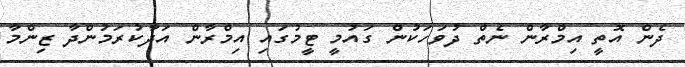
ދެން އޮތީ އިމްރާން ނެތް ދުވަހަކުން ގައުމީ ޓީމުގައި އިމްރާން އަދާކުރަމުންދާ ޒިންމާ